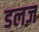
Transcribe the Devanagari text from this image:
डलज़